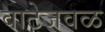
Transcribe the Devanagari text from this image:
वाटेजवळ